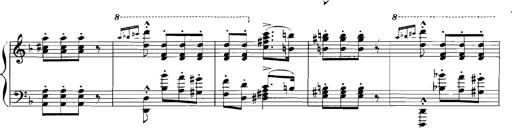
Title: Rhapsodies hongroises
Composer: Franz Liszt